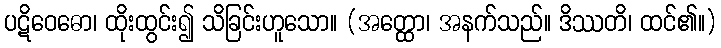
ပဋိဝေဓော၊ ထိုးထွင်း၍ သိခြင်းဟူသော။ (အတ္ထော၊ အနက်သည်။ ဒိဿတိ၊ ထင်၏။)